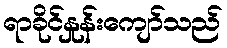
ရာခိုင်နှုန်းကျော်သည်